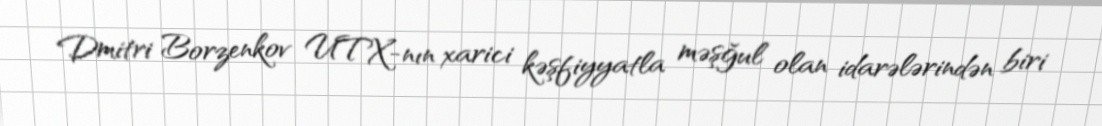
Dmitri Borzenkov UTX-nın xarici kəşfiyyatla məşğul olan idarələrindən biri